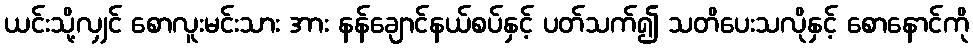
ယင်းသို့လျှင် စောလူးမင်းသား အား နန်ချောင်နယ်စပ်နှင့် ပတ်သက်၍ သတိပေးသလိုနှင့် စောနောင်ကို